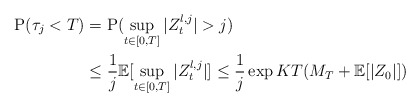
\begin{align*} \mathrm{P}(\tau_j<T)&=\mathrm{P}(\sup_{t\in [0,T]} |Z^{\l,j}_t|>j)\\& \leq \frac{1}{j}\mathbb{E}[ \sup_{t\in [0,T]} |Z^{\l,j}_t| ] \leq \frac{1}{j}\exp{KT} (M_T +\mathbb{E}[|Z_0|]) \end{align*}